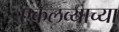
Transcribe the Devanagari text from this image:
एकलव्याच्या